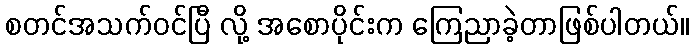
စတင်အသက်ဝင်ပြီ လို့ အစောပိုင်းက ကြေညာခဲ့တာဖြစ်ပါတယ်။